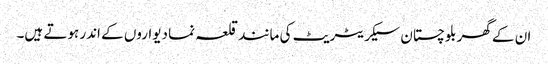
ان کے گھر بلوچستان سیکریٹریٹ کی مانند قلعہ نما دیواروں کے اندر ہوتے ہیں۔